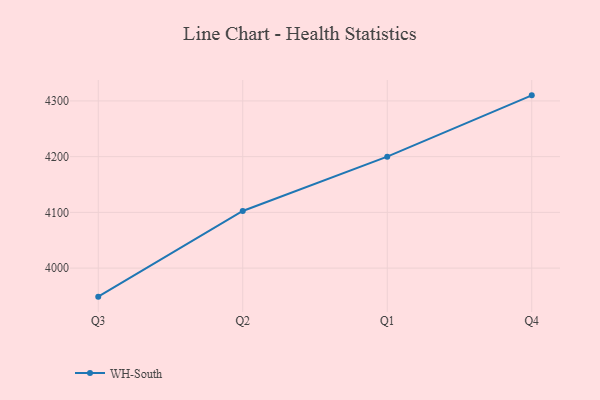
{"axis": {"x": "Quarter", "y": "Headcount"}, "legend": ["WH-South"], "data": [{"x": "Q3", "y": 3948.8, "type": "WH-South"}, {"x": "Q2", "y": 4102.5, "type": "WH-South"}, {"x": "Q1", "y": 4200.0, "type": "WH-South"}, {"x": "Q4", "y": 4310.0, "type": "WH-South"}]}